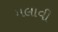
મલાવી